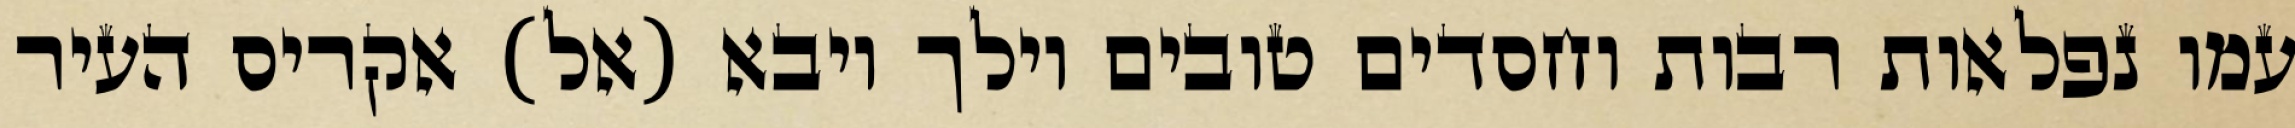
עמו נפלאות רבות וחסדים טובים וילך ויבא (אל) אקריס העיר